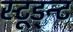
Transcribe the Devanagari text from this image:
स्टूड्न्ट